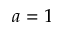
a = 1